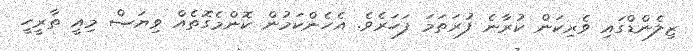
ޒިލެންޑްގައި ވެރިކަން ކުރާނެ ފުރަތަމަ ފަހަރެވެ. އެހެންކަމުން ކޮންމެގޮތެއް ވިޔަސް މިއީ ތާރީހީ